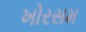
ખોરસમ